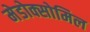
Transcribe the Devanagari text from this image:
मेडोक्सोमिल